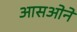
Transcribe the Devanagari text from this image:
आसओने